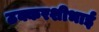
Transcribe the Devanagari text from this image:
ठक्करशीभाई